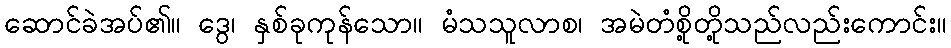
ဆောင်ခဲအပ်၏။ ဒွေ၊ နှစ်ခုကုန်သော။ မံသသူလာစ၊ အမဲတံစို့တို့သည်လည်းကောင်း။